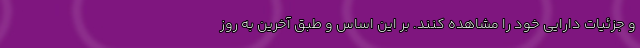
و جزئیات دارایی خود را مشاهده کنند. بر این اساس و طبق آخرین به روز